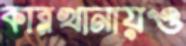
কারখানায়ও